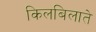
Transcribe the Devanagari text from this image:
किलबिलाते